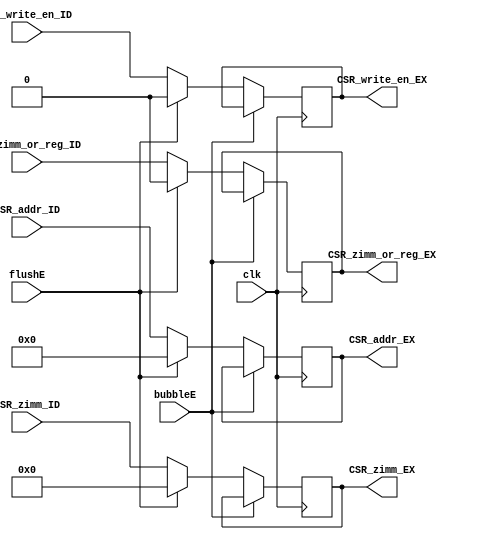
`timescale 1ns / 1ps
//////////////////////////////////////////////////////////////////////////////////
// Company: 
// Engineer: 
// 
// Design Name: 
// Module Name: CSR_EX
// Project Name: 
// Target Devices: 
// Tool Versions: 
// Description: 
// 
// Dependencies: 
// 
// Revision:
// Revision 0.01 - File Created
// Additional Comments:
// 
//////////////////////////////////////////////////////////////////////////////////


module CSR_EX(
    input wire clk, bubbleE, flushE,
    input wire [11:0] CSR_addr_ID,
    input wire [31:0] CSR_zimm_ID,
    input wire CSR_zimm_or_reg_ID,
    input wire CSR_write_en_ID,
    output reg [11:0] CSR_addr_EX,
    output reg [31:0] CSR_zimm_EX,
    output reg CSR_zimm_or_reg_EX,
    output reg CSR_write_en_EX
    );
    initial
    begin
        CSR_addr_EX = 0;
        CSR_write_en_EX = 0;
        CSR_zimm_EX = 0;
        CSR_zimm_or_reg_EX = 0;
    end    
    always@(posedge clk)
    begin
        if (!bubbleE) 
        begin
            if (flushE)
            begin
                CSR_addr_EX <= 0;
                CSR_write_en_EX <= 0;
                CSR_zimm_EX <= 0;
                CSR_zimm_or_reg_EX <= 0;
            end
            else
            begin
                CSR_addr_EX <= CSR_addr_ID;
                CSR_write_en_EX <= CSR_write_en_ID;
                CSR_zimm_EX <= CSR_zimm_ID;
                CSR_zimm_or_reg_EX <= CSR_zimm_or_reg_ID;
            end
        end
    end
endmodule